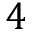
4